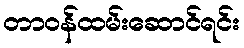
တာဝန်ထမ်းဆောင်ရင်း